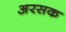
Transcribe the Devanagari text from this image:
अरसक